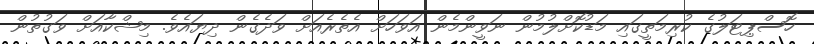
ހޮސްޕިޓަލުގެ ކުރިމަތީގައި މަޑުކޮށްލުމުން ނަވީންމެން އަވަހަށް އެތެރެއަށް ވަދެގެން ދިޔައެވެ. މިޝްކާއަށް ވަގުތުން